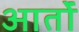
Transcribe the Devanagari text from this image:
आर्तों